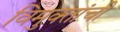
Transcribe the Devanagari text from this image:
विमुक्तांची